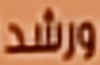
ورشد